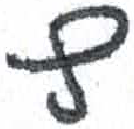
אות: ץ